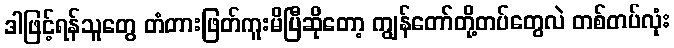
ဒါဖြင့်ရန်သူတွေ တံတားဖြတ်ကူးမိပြီဆိုတော့ ကျွန်တော်တို့တပ်တွေလဲ တစ်တပ်လုံး